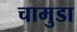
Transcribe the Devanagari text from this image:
चामुडा